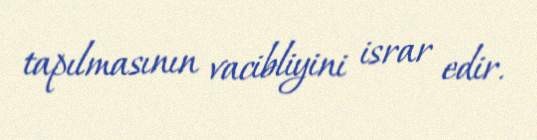
tapılmasının vacibliyini israr edir.